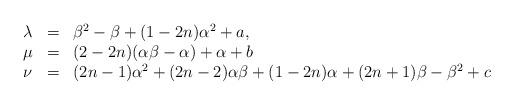
LaTeX: \begin{align*}\begin{array}{lll} \lambda &=&\beta^2-\beta+(1-2n)\alpha^2+a, \\ \mu & = &(2-2n)(\alpha\beta-\alpha)+\alpha+b \\ \nu &=& (2n-1)\alpha^2+(2n-2)\alpha\beta+(1-2n)\alpha+(2n+1)\beta-\beta^2+c\end{array}\end{align*}